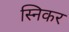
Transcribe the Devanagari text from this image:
स्निकर